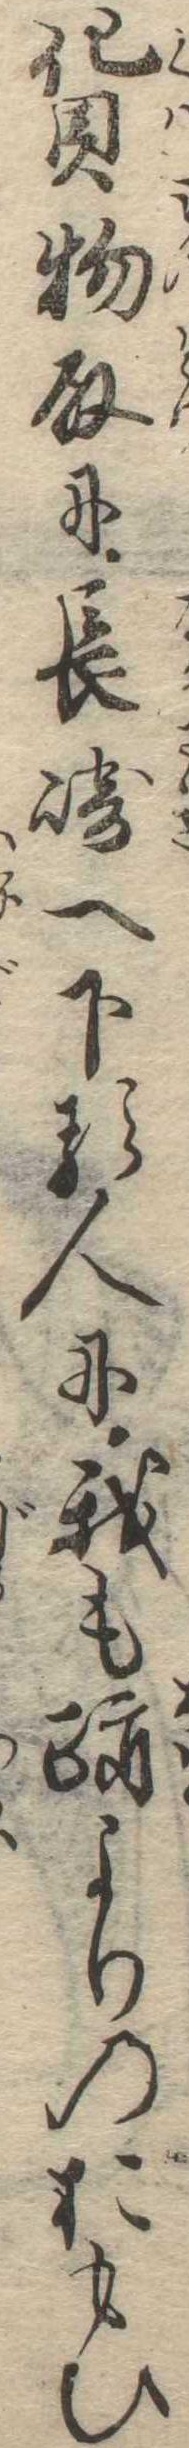
貨物取に長崎へ下る人に我も跡よりのおもひ